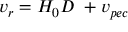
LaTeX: v _ { r } = H _ { 0 } D \ + v _ { p e c }